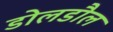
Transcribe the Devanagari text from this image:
डोलडौल